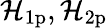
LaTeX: \mathcal{H}_{\mathrm{1p}},\mathcal{H}_{\mathrm{2p}}